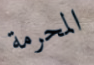
المحرمة